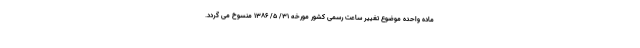
ماده واحده موضوع تغییر ساعت رسمی کشور مورخه ۳۱/ ۵/ ۱۳۸۶ منسوخ می گردد.